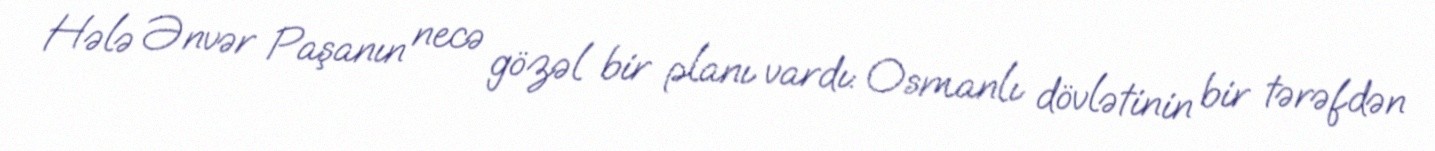
Hələ Ənvər Paşanın necə gözəl bir planı vardı: Osmanlı dövlətinin bir tərəfdən